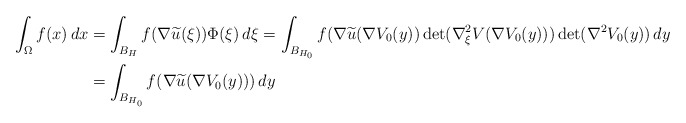
\begin{align*}\int_{\Omega} f(x)\, dx& = \int_{B_H} f(\nabla \widetilde u (\xi)) \Phi(\xi)\, d\xi = \int_{B_{H_0}} f(\nabla \widetilde u (\nabla V_0(y)) \det(\nabla_{\xi}^2V(\nabla V_0(y)))\, {\rm det}(\nabla^2 V_0(y))\, dy\\ & = \int_{B_{H_0}} f(\nabla \widetilde u (\nabla V_0(y))) \, dy\end{align*}